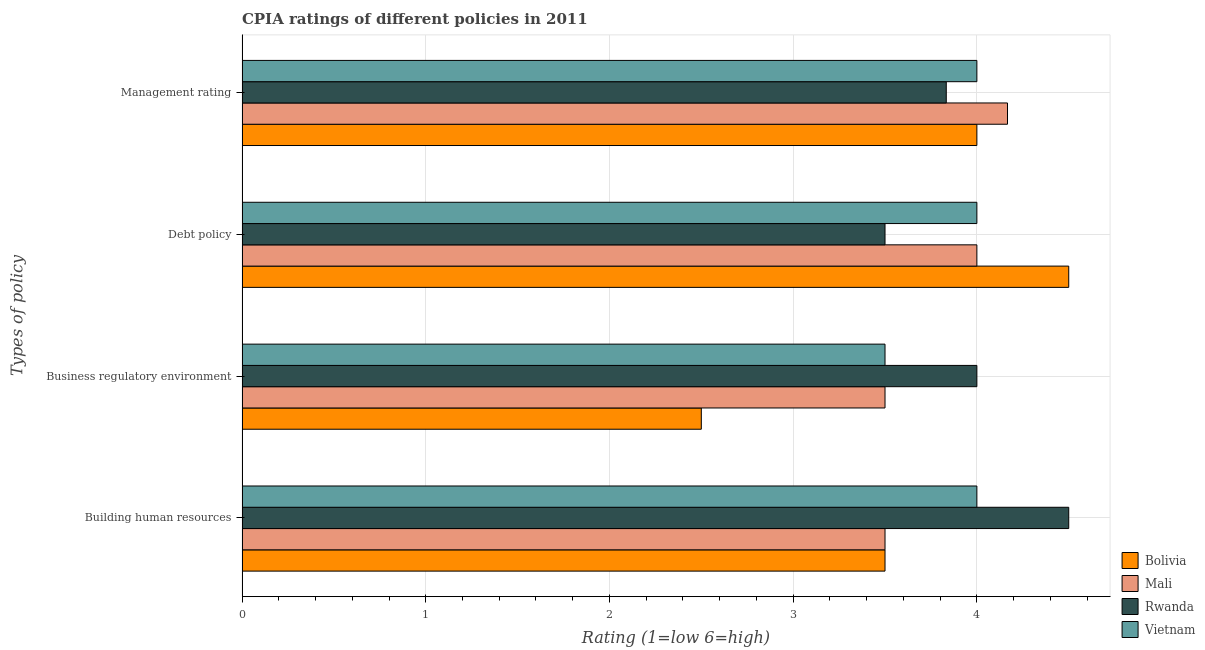
| Types of policy | Bolivia | Mali | Rwanda | Vietnam |
 | --- | --- | --- | --- | --- |
 | Building human resources | 3.5 | 3.5 | 4.5 | 4 |
 | Business regulatory environment | 2.5 | 3.5 | 4 | 3.5 |
 | Debt policy | 4.5 | 4 | 3.5 | 4 |
 | Management rating | 4 | 4.17 | 3.83 | 4 |